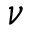
\nu